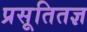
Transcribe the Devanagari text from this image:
प्रसूतितज्ञ